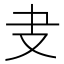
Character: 叏